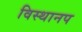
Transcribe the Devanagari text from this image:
विस्थानप